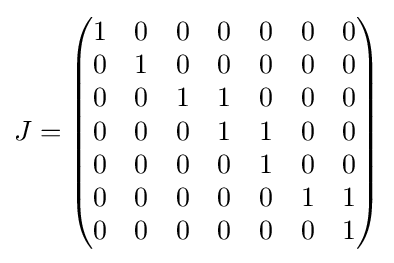
J={\begin{pmatrix}1&0&0&0&0&0&0\\0&1&0&0&0&0&0\\0&0&1&1&0&0&0\\0&0&0&1&1&0&0\\0&0&0&0&1&0&0\\0&0&0&0&0&1&1\\0&0&0&0&0&0&1\end{pmatrix}}